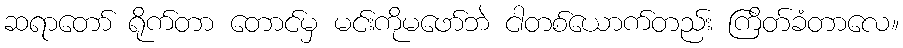
ဆရာတော် ရိုက်တာ တောင်မှ မင်းကိုမဖော်ဘဲ ငါတစ်ယောက်တည်း ကြိတ်ခံတာလေ။